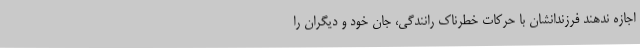
اجازه ندهند فرزندانشان با حرکات خطرناک رانندگی، جان خود و دیگران را